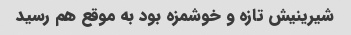
شیرینیش تازه و خوشمزه بود به موقع هم رسید